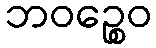
ဘဝဉ္စေဝ